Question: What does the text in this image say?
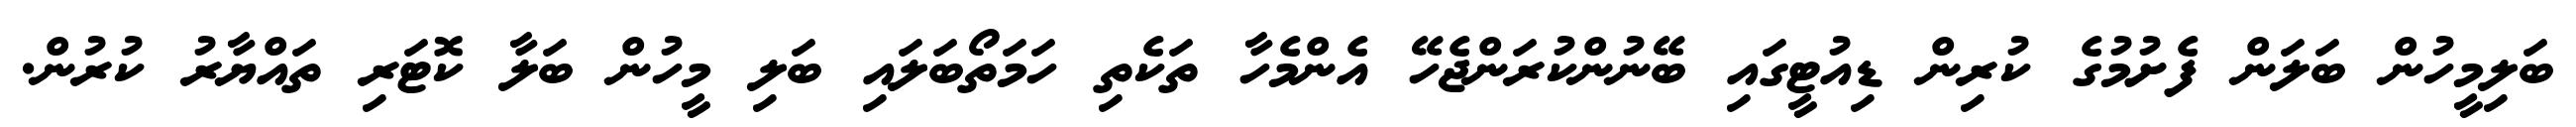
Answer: ބަލިމީހުން ބަލަން ފެށުމުގެ ކުރިން ޑިއުޓީގައި ބޭނުންކުރަންޖެހޭ އެންމެހާ ތަކެތި ހަމަތޯބަލައި ބަލި މީހުން ބަލާ ކޮޓަރި ތައްޔާރު ކުރުން.